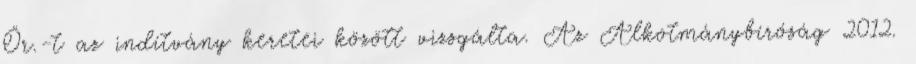
Ör.-t az indítvány keretei között vizsgálta. Az Alkotmánybíróság 2012.